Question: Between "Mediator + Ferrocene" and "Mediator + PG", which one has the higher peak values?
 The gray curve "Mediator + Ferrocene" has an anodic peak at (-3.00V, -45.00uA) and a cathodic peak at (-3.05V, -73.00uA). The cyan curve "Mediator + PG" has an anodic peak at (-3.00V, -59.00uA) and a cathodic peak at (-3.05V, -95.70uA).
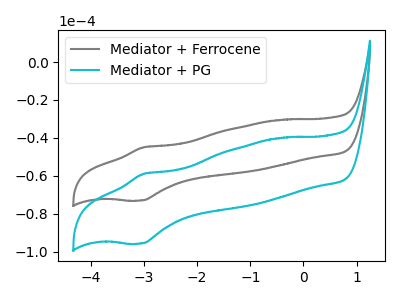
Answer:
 <answer>The peaks in "Mediator + Ferrocene" are neither all higher or all lower than the peaks in "Mediator + PG".</answer>
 <eval>mixed</eval>